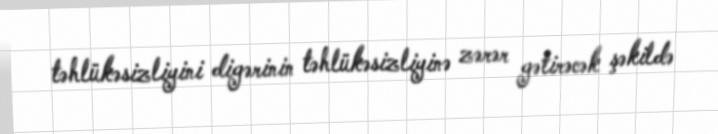
təhlükəsizliyini digərinin təhlükəsizliyinə zərər gətirəcək şəkildə